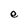
Character: e